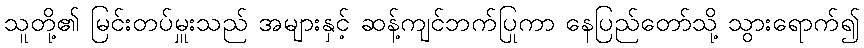
သူတို့၏ မြင်းတပ်မှူးသည် အများနှင့် ဆန့်ကျင်ဘက်ပြုကာ နေပြည်တော်သို့ သွားရောက်၍